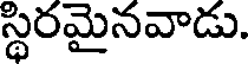
స్థిరమైనవాడు.